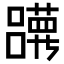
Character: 𡄀